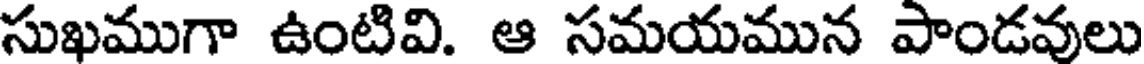
సుఖముగా ఉంటివి. ఆ సమయమున పాండవులు